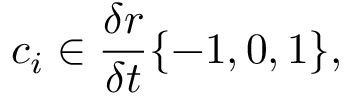
c _ { i } \in \frac { \delta r } { \delta t } \{ - 1 , 0 , 1 \} ,